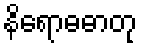
နိရောဓဓာတု